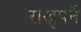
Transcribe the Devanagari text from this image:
राख्नुपर्ने